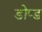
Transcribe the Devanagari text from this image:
डोप्ड